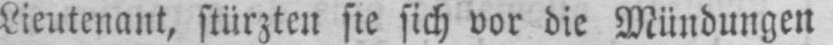
Lieutenant, stürzten sie sich vor die Mündungen